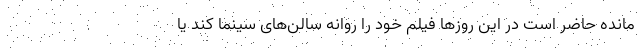
مانده حاضر است در این روزها فیلم خود را روانه سالن‌های سینما کند یا